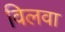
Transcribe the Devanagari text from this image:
विलवा